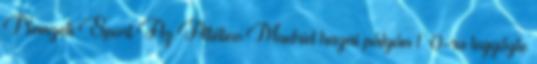
Nemzeti Sport Az Atlético Madrid hazai pályán 1–0-ra legyőzte